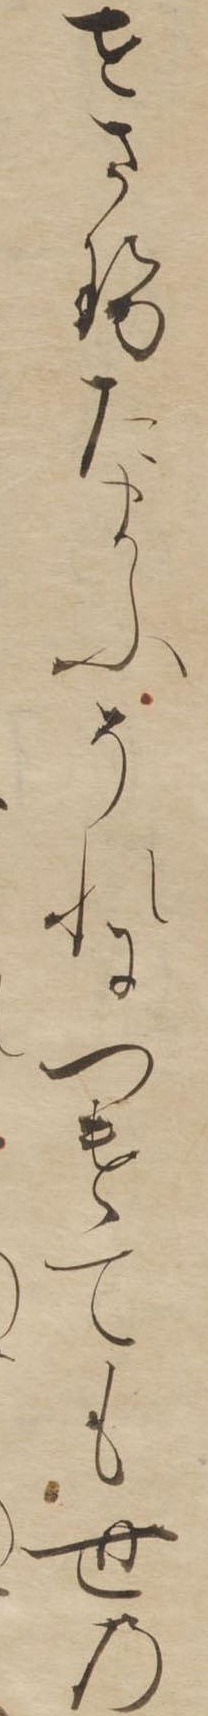
せさせたまふそれにつけても世の